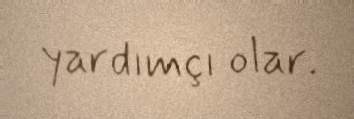
yardımçı olar.